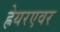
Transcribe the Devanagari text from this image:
ह्रेयरएवर